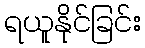
ရယူနိုင်ခြင်း